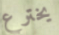
يخترع